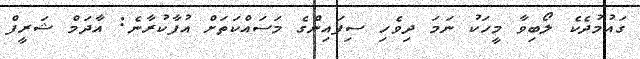
ގައުމުދެކެ ލޯބިވާ މީހަކު ނަމަ ދިވެހި ސިފައިންގެ މަސައްކަތަށް އުފާކުރާނެ: އާދަމް ޝަރީފް